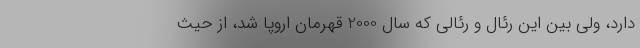
دارد، ولی بین این رئال و رئالی که سال 2000 قهرمان اروپا شد، از حیث